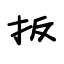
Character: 扳